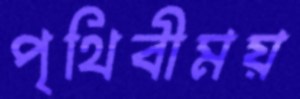
পৃথিবীময়